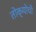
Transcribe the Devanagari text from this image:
तोक्योची